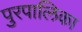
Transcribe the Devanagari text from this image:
पुरपालिका